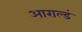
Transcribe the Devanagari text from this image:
आराल्डं